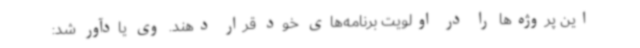
این پروژه‌ها را در اولویت برنامه‌های خود قرار دهند. وی یادآور شد: